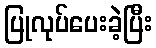
ပြုလုပ်ပေးခဲ့ပြီး